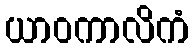
ယာဝကာလိကံ